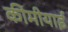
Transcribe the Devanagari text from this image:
कीमीयाई